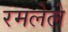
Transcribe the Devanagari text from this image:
रमलेले